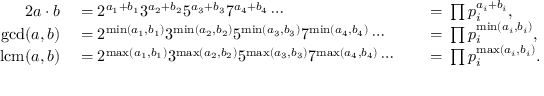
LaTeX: \begin{array} { r l r l } { { 2 } a \cdot b } & { { } { } = { } 2 ^ { a _ { 1 } + b _ { 1 } } 3 ^ { a _ { 2 } + b _ { 2 } } 5 ^ { a _ { 3 } + b _ { 3 } } 7 ^ { a _ { 4 } + b _ { 4 } } \cdots } & { } & { { } { } = { } \prod p _ { i } ^ { a _ { i } + b _ { i } } , } \\ { \operatorname* { g c d } ( a , b ) } & { { } { } = { } 2 ^ { \operatorname* { m i n } ( a _ { 1 } , b _ { 1 } ) } 3 ^ { \operatorname* { m i n } ( a _ { 2 } , b _ { 2 } ) } 5 ^ { \operatorname* { m i n } ( a _ { 3 } , b _ { 3 } ) } 7 ^ { \operatorname* { m i n } ( a _ { 4 } , b _ { 4 } ) } \cdots } & { } & { { } { } = { } \prod p _ { i } ^ { \operatorname* { m i n } ( a _ { i } , b _ { i } ) } , } \\ { \operatorname { l c m } ( a , b ) } & { { } { } = { } 2 ^ { \operatorname* { m a x } ( a _ { 1 } , b _ { 1 } ) } 3 ^ { \operatorname* { m a x } ( a _ { 2 } , b _ { 2 } ) } 5 ^ { \operatorname* { m a x } ( a _ { 3 } , b _ { 3 } ) } 7 ^ { \operatorname* { m a x } ( a _ { 4 } , b _ { 4 } ) } \cdots } & { } & { { } { } = { } \prod p _ { i } ^ { \operatorname* { m a x } ( a _ { i } , b _ { i } ) } . } \end{array}